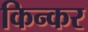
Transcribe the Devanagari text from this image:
किन्कर